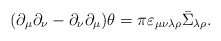
\begin{align*}(\partial_\mu\partial_\nu-\partial_\nu\partial_\mu)\theta=\pi\varepsilon_{\mu\nu\lambda\rho}\bar\Sigma_{\lambda\rho}.\end{align*}